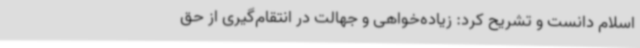
اسلام دانست و تشریح کرد: زیاده‌خواهی و جهالت در انتقام‌گیری از حق